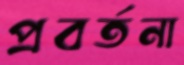
প্রবর্তনা